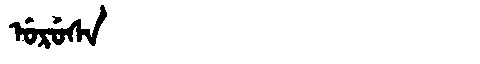
Manchu: ᡠᡵᡠᠰᠠ
Romanization: URUSA